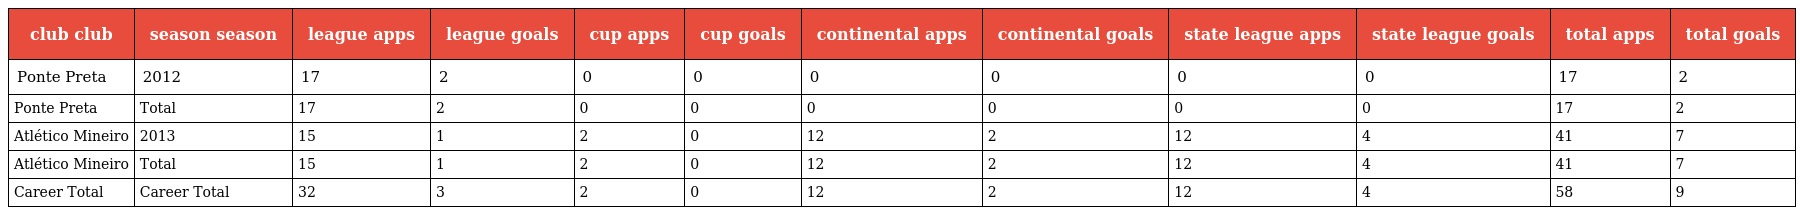
| club club | season season | league apps | league goals | cup apps | cup goals | continental apps | continental goals | state league apps | state league goals | total apps | total goals |
 | --- | --- | --- | --- | --- | --- | --- | --- | --- | --- | --- | --- |
 | Ponte Preta | 2012 | 17 | 2 | 0 | 0 | 0 | 0 | 0 | 0 | 17 | 2 |
 | Ponte Preta | Total | 17 | 2 | 0 | 0 | 0 | 0 | 0 | 0 | 17 | 2 |
 | Atlético Mineiro | 2013 | 15 | 1 | 2 | 0 | 12 | 2 | 12 | 4 | 41 | 7 |
 | Atlético Mineiro | Total | 15 | 1 | 2 | 0 | 12 | 2 | 12 | 4 | 41 | 7 |
 | Career Total | Career Total | 32 | 3 | 2 | 0 | 12 | 2 | 12 | 4 | 58 | 9 |